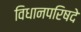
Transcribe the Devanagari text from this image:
विधानपरिषदे